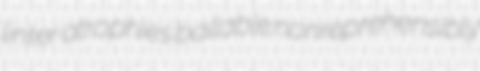
linter atrophies bailable nonreprehensibly